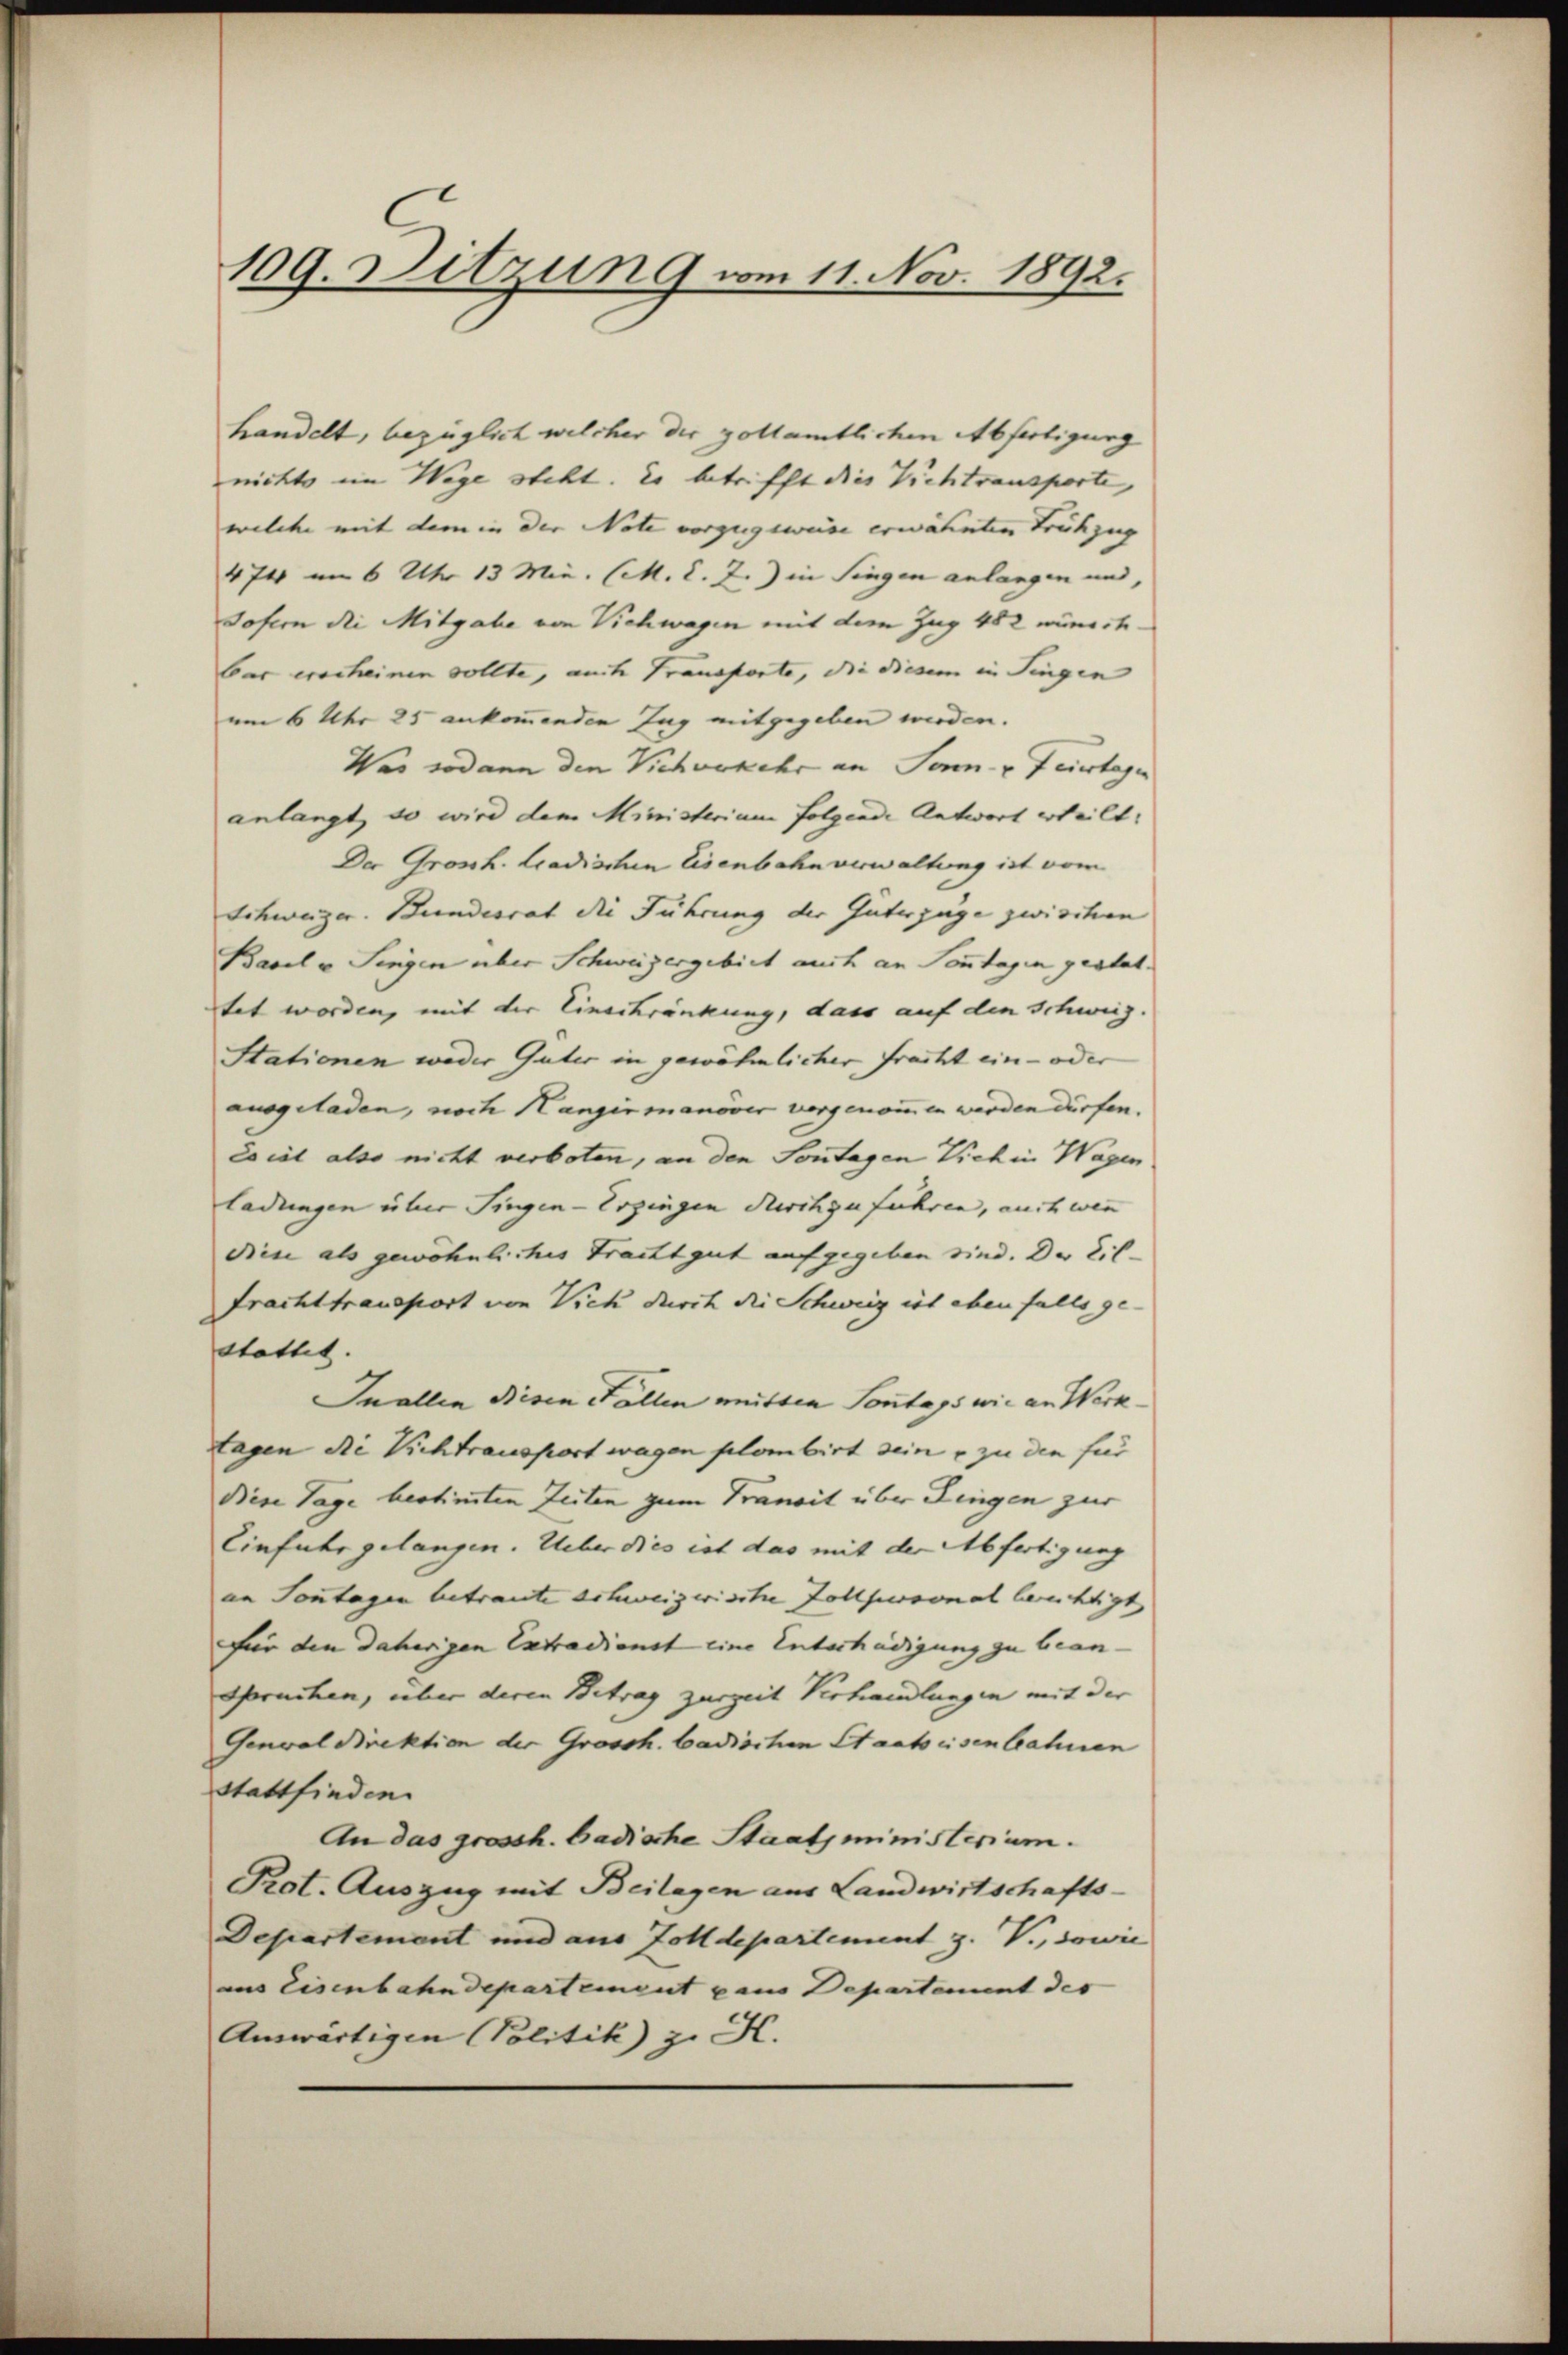
handelt, bezüglich welcher der zollamtlichen Abfertigung
nichts im Wege steht. Es betrifft dies Vichtransporte,
welche mit dem in der Note vorgegeweise erwähnten Frühzug
474 am 6 Uhr 13 Min. (M. l. J.) in Singen anlangen und,
Sofern die Mitgabe von Vichwagen mit dem Zug 482 wünschbar erscheinen sollte, auch Transporte, die diesem in Singen
um 6 Uhr 25 ankommenden Zug mitgegeben werden.
Was sodann den Vichorkehr an Sonn- & Feiertage
anlangt, so wird dem Ministerium folgende Antwort erteilt.
Der Grossh. tradischen Eisenbahn verwaltung ist vom
Schweizer. Bundesrat die Führung der Güterzüge zwischen
Basel v. Singen über Schweizergebiet auch an Sonntagen gestat.
tet worden, mit der Eineckränkung, dass auf den Schweiz.
Stationen weder Güter in gewöhnlicher Fracht ein- oder
ausgeladen, noch Hangirmanöver vorgenommen werden dürfen.
Es ist also nicht verboten, an den Sontagen Vieh in Wagen
ladungen über Singen-Ergingen durchzuführen, auch wenn
Den als gewöhnliches Fracht gut aufgegeben sind. Da Lil¬
Frachttransport von Vieh durch die Schweig ist ebenfalls ge-
stattet.
Inallen Bisen Fällen mutter Sontags wie an Werktagen die Vichtransport wagen plombirt sein – zu den für
Bise Tage bestimmten Zeiten zum Transit über Fingen zur
Einfuhr gelangen. Ueber dies ist das mit der Abfertigung
an Sonntagen betraute schweizerische Zollpersonal berichtigt
für den daherigen Extradienst eine Unterhädigung zu bean-
spruchen, über deren Betrag zurzeit Verhandlungen mit der
Genval Direktion der Grossh. badischen Staat eisenbahnen
Stattfinden.
An das grossh. badische Staatsministerium.
Prot. Auszug mit Beilagen aus Landwirtschafts-
Departement und aus Zolldepartement z. V., sowie
aus Eisenbahndepartement paus Departement des
Auswärtigen Politik z. H.

109. Ditzung vom 11. Nov. 1892.